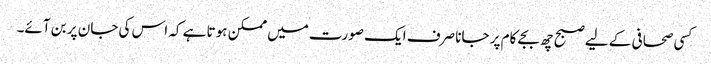
کسی صحافی کے لیے صبح چھ بجے کام پر جانا صرف ایک صورت میں ممکن ہوتا ہے کہ اس کی جان پر بن آئے۔